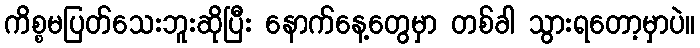
ကိစ္စမပြတ်သေးဘူးဆိုပြီး နောက်နေ့တွေမှာ တစ်ခါ သွားရတော့မှာပဲ။